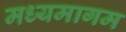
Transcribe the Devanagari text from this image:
मध्यमागम